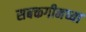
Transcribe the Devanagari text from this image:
सबक्तगीनच्या